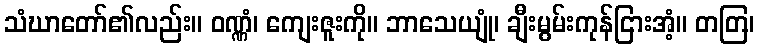
သံဃာတော်၏လည်း။ ဝဏ္ဏံ၊ ကျေးဇူးကို။ ဘာသေယျုံ၊ ချီးမွမ်းကုန်ငြားအံ့။ တတြ၊